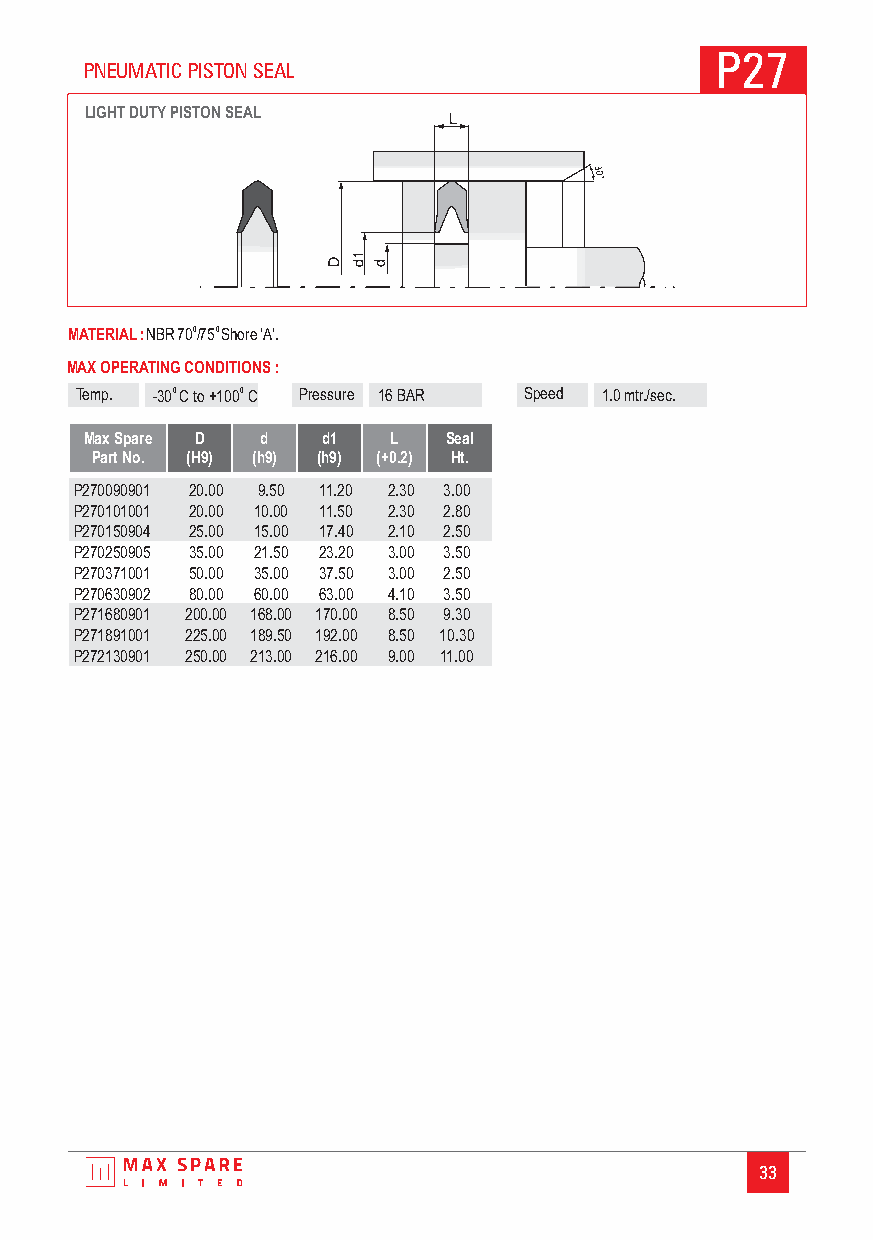
P27
 PNEUMATIC PISTON SEAL
 LIGHT DUTYPISTON SEAL
 MATERIAL:NBR700/750Shore‘A’.
 MAX OPERATING CONDITIONS :
 Temp. -30 0 C to+1000 C Pressure 16 BAR Speed 1.0mtr./sec.
 Max Spare D d  d1   L  Seal
 Part No. (H9) (h9) (h9) (+0.2) Ht.
 P270090901 20.00 9.50 11.20 2.30 3.00
 P270101001 20.00 10.00 11.50 2.30 2.80
 P270150904 25.00 15.00 17.40 2.10 2.50
 P270250905 35.00 21.50 23.20 3.00 3.50
 P270371001 50.00 35.00 37.50 3.00 2.50
 P270630902 80.00 60.00 63.00 4.10 3.50
 P271680901 200.00 168.00 170.00 8.50 9.30
 P271891001 225.00 189.50 192.00 8.50 10.30
 P272130901 250.00 213.00 216.00 9.00 11.00
 33